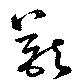
猷